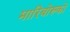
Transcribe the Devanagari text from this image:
मारिबोस्र्को